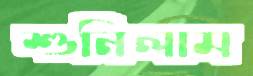
শুনিলাম